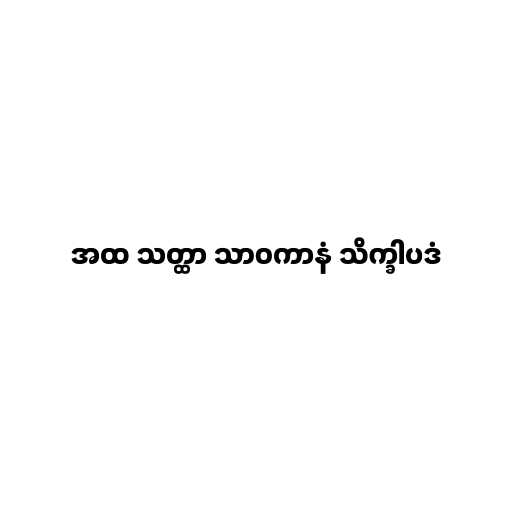
အထ သတ္ထာ သာဝကာနံ သိက္ခါပဒံ